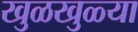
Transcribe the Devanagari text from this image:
खुळखुळ्या